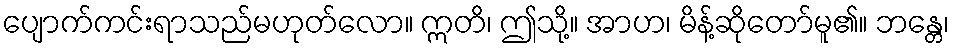
ပျောက်ကင်းရာသည်မဟုတ်လော။ ဣတိ၊ ဤသို့။ အာဟ၊ မိန့်ဆိုတော်မူ၏။ ဘန္တေ၊